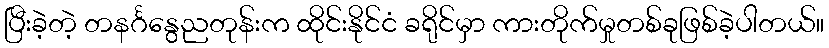
ပြီးခဲ့တဲ့ တနင်္ဂနွေညတုန်းက ထိုင်းနိုင်ငံ ခရိုင်မှာ ကားတိုက်မှုတစ်ခုဖြစ်ခဲ့ပါတယ်။